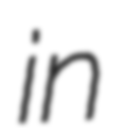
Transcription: in